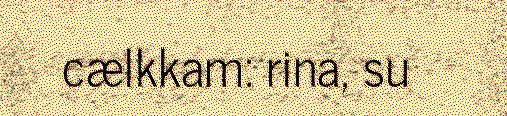
cælkkam: rina, su